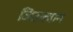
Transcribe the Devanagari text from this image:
जिउक्वान